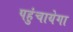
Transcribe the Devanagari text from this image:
पहुंचायेगा